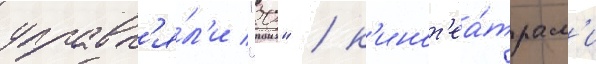
управл'я́л'и "20" / к'инот'еа́трам'и